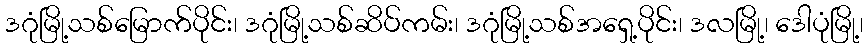
ဒဂုံမြို့သစ်မြောက်ပိုင်း၊ ဒဂုံမြို့သစ်ဆိပ်ကမ်း၊ ဒဂုံမြို့သစ်အရှေ့ပိုင်း၊ ဒလမြို့၊ ဒေါပုံမြို့၊